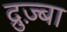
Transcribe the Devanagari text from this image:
द्रुज़्बा